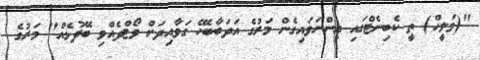
"(މަލީހް) ތީ ކެބިނެޓްގައި އިންނަވައިގެން މަރުގެ އަދަބާބެހޭ ގަވާއިދަށް ވޯޓްދެއްވި ބޭފުޅެއް" މަރުގެ